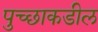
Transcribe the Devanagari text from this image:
पुच्छाकडील